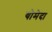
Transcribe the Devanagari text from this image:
योमेदा